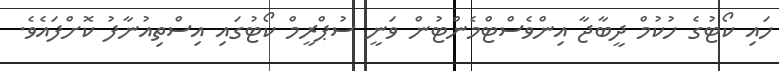
ހައި ކޯޓުގެ ހުކުމް ދީބާޖާ އިންވެސްޓްމެންޓުން ވަނީ ސުޕްރީމް ކޯޓުގައި އިސްތިއުނާފު ކޮށްފައެވެ.